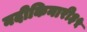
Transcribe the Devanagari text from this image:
नदीकिनारी३५